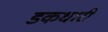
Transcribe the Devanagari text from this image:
डकधारी